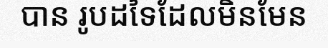
បាន រូបដទៃដែលមិនមែន